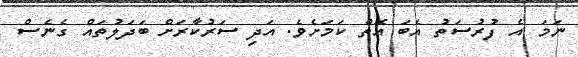
ނަމަ އެ ފުރުސަތު އެބަ އޮތް ކަމަށެވެ. އަދި ސަރުކާރަށް ބަދަލުތައް ގެނެސް